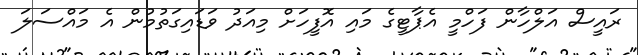
ރައީސް އަލްހާން ފަހްމީ އެޕާޓީގެ މައި އޮފީހަށް މިއަދު ވަޑައިގަތުމުން އެ މައްސަލަ